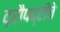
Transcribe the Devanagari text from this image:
द्रौपद्रीचे